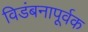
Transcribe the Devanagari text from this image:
विडंबनापूर्वक